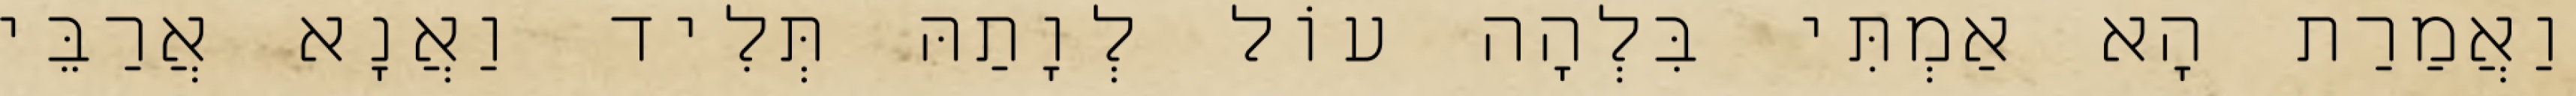
וַאֲמַרַת הָא אַמְתִּי בִּלְהָה עוֹל לְוָתַהּ תְּלִיד וַאֲנָא אֲרַבֵּי